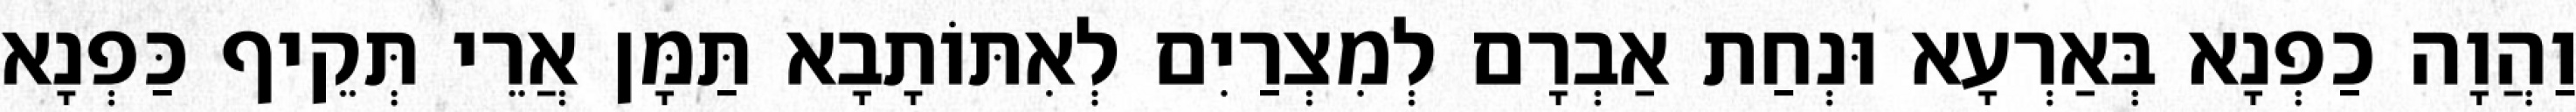
וַהֲוָה כַפְנָא בְּאַרְעָא וּנְחַת אַבְרָם לְמִצְרַיִם לְאִתּוֹתָבָא תַּמָּן אֲרֵי תְּקֵיף כַּפְנָא